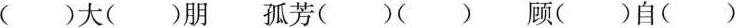
()大()朋 孤芳()() 顾()自()